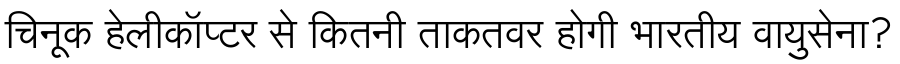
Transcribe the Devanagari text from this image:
चिनूक हेलीकॉप्टर से कितनी ताकतवर होगी भारतीय वायुसेना?